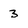
Character: 3